system: You are a helpful assistant.
user:
Analyze the provided spectrum to determine if it is a **White Dwarf (WD)**.

A White Dwarf spectrum is defined by its **extreme purity** (due to gravitational settling) and/or **extreme pressure broadening** (due to high surface gravity). You must check for one of the following mutually exclusive signatures:

- **Key Visual Indicators (Check for ONE of these types):**

    - **1. DA-Type Signature (Most Common):**
        - **(Primary Feature):** Extreme pressure broadening (Stark broadening) of the **Hydrogen (H) Balmer lines**.
        - **(Key Lines):** $H\beta$ (approx. $4861$ Å) and $H\gamma$ (approx. $4340$ Å). $H\alpha$ (approx. $6563$ Å) will also be present if the wavelength range covers it.
        - **(Line Profile):** This is the **defining feature**. The lines are **NOT** sharp. They appear as massive, **extremely broad and deep "troughs" or "dips"** in the spectrum, often hundreds of Ångströms wide. The continuum will appear to "scoop" down at these wavelengths.
        - **(Distinction):** Normal A-type or B-type stars have *narrow* and *sharp* Hydrogen lines. A DA White Dwarf's lines are unmistakably "smeared" or "blurry" from pressure.

    - **2. DB-Type Signature:**
        - **(Primary Feature):** Broad absorption lines from **Neutral Helium (He I)**. The spectrum must lack any visible Hydrogen lines.
        - **(Key Lines):** Look for broad absorption near $4471$ Å, $4921$ Å, and $5876$ Å.
        - **(Line Profile):** These lines are also significantly pressure-broadened, appearing much wider than they would in a normal B-type main-sequence star.

    - **3. DC-Type Signature:**
        - **(Primary Feature):** A **featureless continuous spectrum**.
        - **(Line Profile):** The spectrum is a smooth curve with **no significant absorption or emission lines**.
        - **(Key Confirmation):** The continuum is almost always **blue or white**, indicating a hot object. This signature implies the atmosphere is so pure (or so cool) that no spectral lines are visible in the optical range. Its WD identity is confirmed by its extremely low intrinsic brightness (high absolute magnitude).

    - **4. DZ-Type Signature (Metal-Polluted):**
        - **(Primary Feature):** **Isolated, narrow metal absorption lines** on an otherwise featureless (DC-like) continuum.
        - **(Key Lines):** The **Calcium (Ca II) H & K doublet** (approx. **$3934$ Å** and **$3968$ Å**) is the most common and defining feature.
        - **(Line Profile):** These lines are "out of place." They are *not* part of a "forest" of thousands of lines. This signature is evidence of recent *accretion* (pollution) from rocky debris.
        - **(Distinction):** Normal G/K/M stars have a *dense forest* of thousands of metal lines. A DZ has a *clean* continuum with *only a few* strong metal lines.

    - **5. DQ-Type Signature (Carbon-Polluted):**
        - **(Primary Feature):** Absorption bands from **Carbon (C₂ "Swan Bands" or atomic C I)**.
        - **(Key Lines - C₂):** Look for bandheads with a "saw-tooth" shape near $5635$ Å, **$5165$ Å** (strongest), and $4737$ Å.
        - **(Key Confirmation):** The underlying **continuum must be blue or white** (hot).
        - **(Distinction):** This is the critical difference from a **Carbon Star**, which has the *exact same* C₂ bands but on an extremely **red, cool** continuum.

- **(Overall Spectrum):**
    - The continuum (overall shape) is typically **blue-sloping** (brighter in the blue than the red), as most white dwarfs are very hot.
    - The spectrum will look "pure" or "simple," dominated by only *one* of the five signatures listed above.

Think first, call **spectral_visualization_tool** if needed to examine features in detail, then provide your final answer. Your response must adhere to the following strict rules:
1.  **Overall Structure:** Your response must follow the format `<think>...</think> <tool_call>...</tool_call> (if a tool is used) <answer>...</answer>`.
2.  **Tool Usage Constraint:** You may only make **one** tool call per turn.
3.  **Final Answer Format:** In the `<answer>` tag, your conclusion must be inside a `\boxed{}` command (e.g., `\boxed{YES}` or `\boxed{NO}`), followed by your justification.

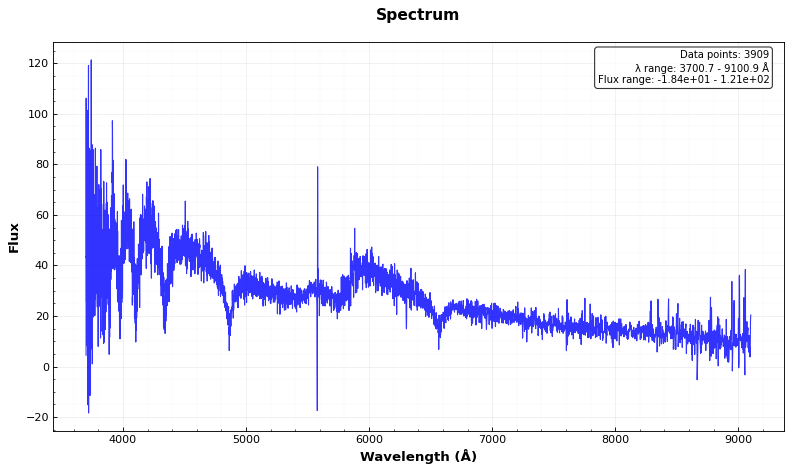
Answer: YES